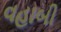
વહાબી